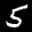
Label: 5